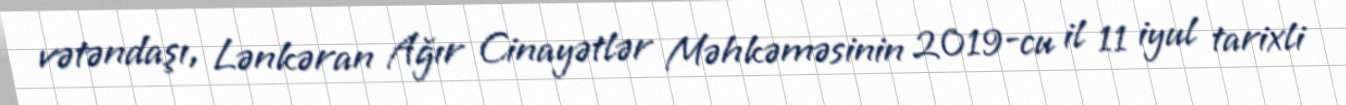
vətəndaşı, Lənkəran Ağır Cinayətlər Məhkəməsinin 2019-cu il 11 iyul tarixli